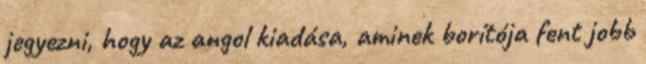
jegyezni, hogy az angol kiadása, aminek borítója fent jobb